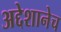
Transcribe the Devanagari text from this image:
अद्देशानेच